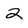
Character: 2